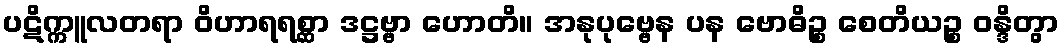
ပဋိက္ကူလတရာ ဝိဟာရရစ္ဆာ ဒဋ္ဌဗ္ဗာ ဟောတိ။ အနုပုဗ္ဗေန ပန ဗောဓိဉ္စ စေတိယဉ္စ ဝန္ဒိတွာ